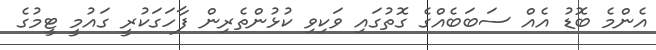
އެންމެ ބޮޑު އެއް ސަބަބެއްގެ ގޮތުގައި ވަކިވި ކުޅުންތެރިން ފާހަގަކުރީ ގައުމީ ޓީމުގެ